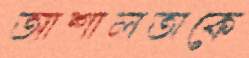
আশালতাকে